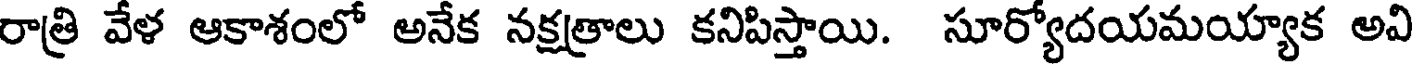
రాత్రి వేళ ఆకాశంలో అనేక నక్షత్రాలు కనిపిస్తాయి. సూర్యోదయమయ్యాక అవి